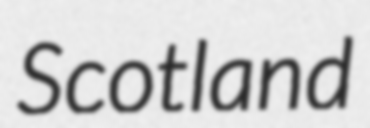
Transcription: Scotland